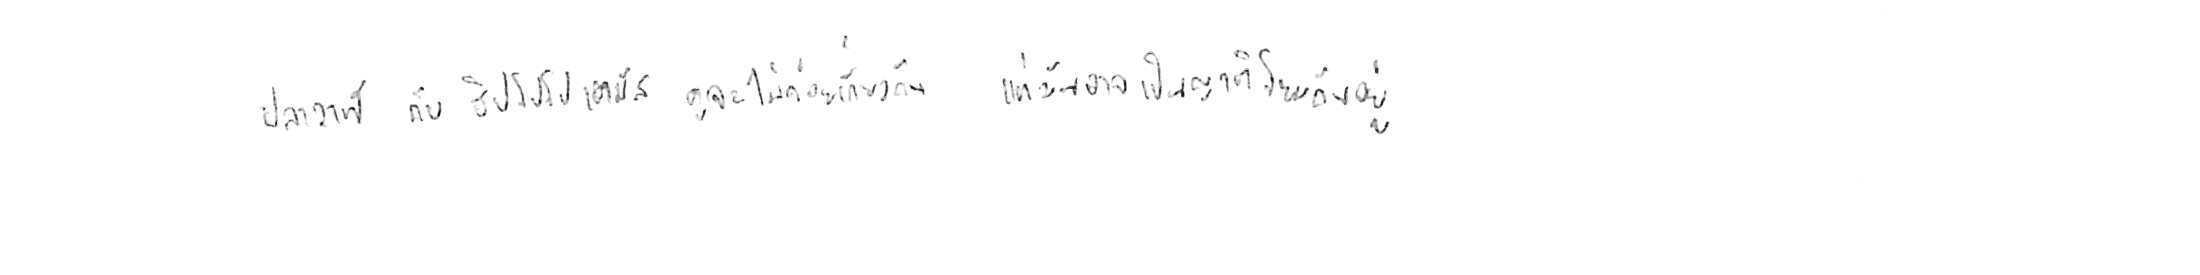
ปลาวาฬ กับ ฮิปโปโปเตมัส ดูจะไม่ค่อยเกี่ยวกัน แต่มันอาจเป็นญาติโยมกันอยู่